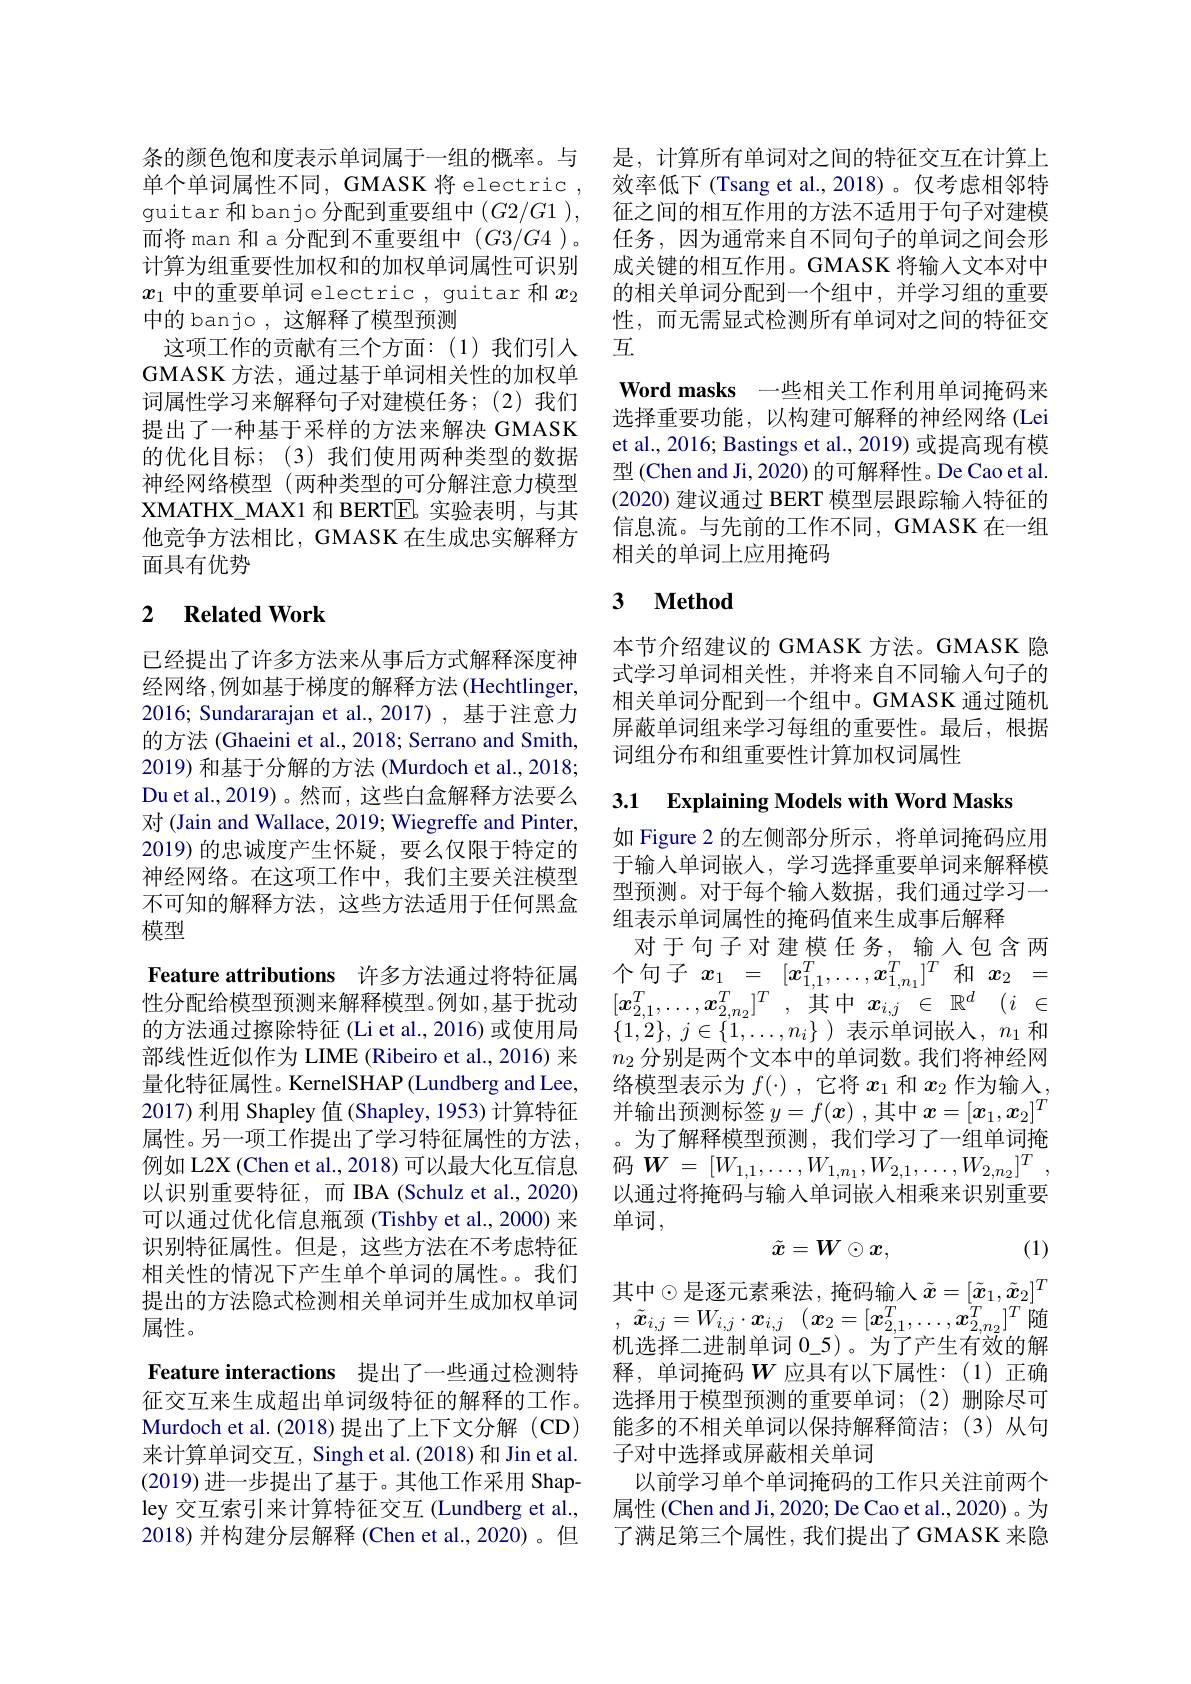
条的颜色饱和度表示单词属于一组的概率。与单个单词属性不同，GMASK 将 electric , guitar 和 banjo 分配到重要组中$(G2/G1)$, 而将 man 和 a 分配到不重要组中$(G3/G4)$。计算为组重要性加权和的加权单词属性可识别$x_1$中的重要单词 electric , guitar 和$x_2$ 中的 banjo , 这解释了模型预测
这项工作的贡献有三个方面：(1)我们引入GMASK 方法，通过基于单词相关性的加权单词属性学习来解释句子对建模任务；(2)我们提出了一种基于采样的方法来解决 GMASK 的优化目标；(3)我们使用两种类型的数据神经网络模型 (两种类型的可分解注意力模型XMATHX\_MAX1 和 BERTE。实验表明，与其他竞争方法相比，GMASK 在生成忠实解释方面具有优势

## 2 Related Work

已经提出了许多方法来从事后方式解释深度神经网络 ,例如基于梯度的解释方法 (Hechtlinger, 2016; Sundararajan et al.,2017), 基于注意力的方法 (Ghaeini et al., 2018; Serrano and Smith, 2019) 和基于分解的方法 (Murdoch et al., 2018; Du et al., 2019)。然而，这些白盒解释方法要么对 (Jain and Wallace, 2019; Wiegreffe and Pinter, 2019) 的忠诚度产生怀疑，要么仅限于特定的神经网络。在这项工作中，我们主要关注模型不可知的解释方法，这些方法适用于任何黑盒模型

Feature attributions 许多方法通过将特征属

性分配给模型预测来解释模型。例如，基于扰动的方法通过擦除特征 (Li et al., 2016) 或使用局部线性近似作为 LIME (Ribeiro et al., 2016) 来量化特征属性。KernelSHAP (Lundberg and Lee, 2017) 利用 Shapley 值 (Shapley, 1953) 计算特征属性。另一项工作提出了学习特征属性的方法， 例如 L2X (Chen et al., 2018) 可以最大化互信息以识别重要特征，而 IBA (Schulz et al., 2020) 可以通过优化信息瓶颈(Tishby et al., 2000) 来识别特征属性。但是，这些方法在不考虑特征相关性的情况下产生单个单词的属性。。我们提出的方法隐式检测相关单词并生成加权单词属性。
Feature interactions 提出了一些通过检测特征交互来生成超出单词级特征的解释的工作。Murdoch et al.(2018)提出了上下文分解(CD) 来计算单词交互，Singh et al.(2018) 和 Jin et al. (2019)进一步提出了基于。其他工作采用 Shap-

ley 交互索引来计算特征交互(Lundberg et al., 2018) 并构建分层解释 (Chen et al., 2020)。但

是，计算所有单词对之间的特征交互在计算上效率低下 (Tsang et al.,2018)。仅考虑相邻特征之间的相互作用的方法不适用于句子对建模任务，因为通常来自不同句子的单词之间会形成关键的相互作用。GMASK 将输入文本对中的相关单词分配到一个组中，并学习组的重要性，而无需显式检测所有单词对之间的特征交$互$
Word masks 一些相关工作利用单词掩码来选择重要功能，以构建可解释的神经网络 (Lei et al., 2016; Bastings et al., 2019) 或提高现有模型(Chen and Ji, 2020) 的可解释性。De Cao et al. (2020)建议通过 BERT 模型层跟踪输入特征的信息流。与先前的工作不同，GMASK 在一组相关的单词上应用掩码

## 3 $\textbf{Method}$

本节介绍建议的 GMASK 方法。GMASK 隐式学习单词相关性，并将来自不同输入句子的相关单词分配到一个组中。GMASK 通过随机屏蔽单词组来学习每组的重要性。最后，根据词组分布和组重要性计算加权词属性

3.1 Explaining Models with Word Masks

如 Figure 2 的左侧部分所示，将单词掩码应用于输入单词嵌入，学习选择重要单词来解释模型预测。对于每个输入数据，我们通过学习一组表示单词属性的掩码值来生成事后解释
对于句子对建模任务，输入包含两个句子$x_1=[x_{1,1}^T,\ldots,x_{1,n_1}^T]^T$和$x_2=$ $[x_{2,1}^{T},\ldots,x_{2,n_{2}}^{T}]^{T}$,其中$x_i, j\in \mathbb{R} ^d$ $( i\in$ $\{ 1, 2\} $, $j\in \{ 1, \ldots , n_{i}\}$ )表示单词嵌入，$n_1$和$n_2$分别是两个文本中的单词数。我们将神经网络模型表示为$f(\cdot)$,它将$x_1$和$x_2$作为输入， 并输出预测标签$y=f(x)$ ,其中$x=[x_1,x_2]^T$ 。为了解释模型预测，我们学习了一组单词掩码$W=[W_{1,1},\ldots,W_{1,n_{1}},W_{2,1},\ldots,W_{2,n_{2}}]^{T}$, 以通过将掩码与输入单词嵌人相乘来识别重要单词，
$$\tilde{x}=W\odot x,$$
(1)

其中$\odot$是逐元素乘法，掩码输入 $\tilde{x}=[\tilde{\boldsymbol{x}}_1,\tilde{\boldsymbol{x}}_2]^T$ , $\tilde{x} _{i, j}= W_{i, j}\cdot \boldsymbol{x}_{i, j}$ $( \boldsymbol{x}_{2}= [ \boldsymbol{x}_{2, 1}^{T}, \ldots , \boldsymbol{x}_{2, n_{2}}^{T}] ^{T}$随机选择二进制单词 0\_5)。为了产生有效的解释，单词掩码$W$应具有以下属性：(1)正确选择用于模型预测的重要单词；(2)删除尽可能多的不相关单词以保持解释简洁；(3)从句子对中选择或屏蔽相关单词
以前学习单个单词掩码的工作只关注前两个属性 (Chen and Ji, 2020; De Cao et al., 2020) 。为了满足第三个属性，我们提出了GMASK 来隐